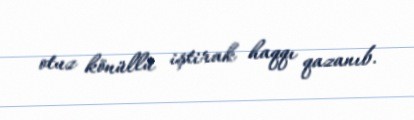
otuz könüllü iştirak haqqı qazanıb.